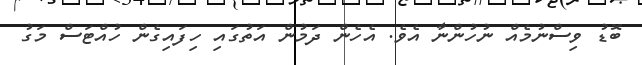
ބޮޑު ވިސްނުމެއް ނުހުންނާ އެވެ. އެހެން ދަމުން އަތުގައި ހިފައިގެން ހުއްޓަސް މަގު